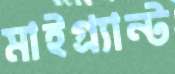
মাইগ্র্যান্ট